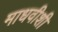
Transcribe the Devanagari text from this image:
माधवीशी